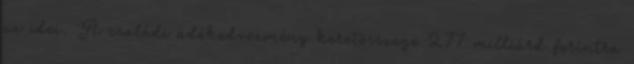
az idei. A családi adókedvezmény keretösszege 277 milliárd forintra